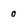
Character: o